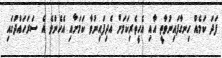
ފަދަ ކަމެއް ހިނގާފައިނުވާތީ އާއި އެހީތެރިކަމަށް އެދިފައިނުވާ ކަމަށާއި އެހެންވެ އެ ސަރަހައްދުގައި